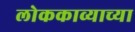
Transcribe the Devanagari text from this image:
लोककाव्याच्या